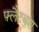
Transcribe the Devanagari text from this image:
फ़्लैटबुश